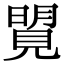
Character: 𧡜